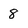
Character: 8